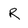
Character: R